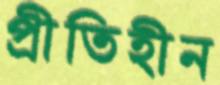
প্রীতিহীন